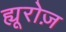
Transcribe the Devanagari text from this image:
ह्यूरोज़